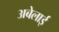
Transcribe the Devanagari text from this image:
अबेलाई